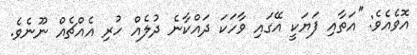
އޮވެއެވެ: ''އަތާއި ފަޔަކީ އޭގައި ވާހަކަ ދައްކާނެ ދުލެއް ހުރި އެއްޗެއް ނޫނެވެ.